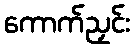
ကောက်ညှင်း